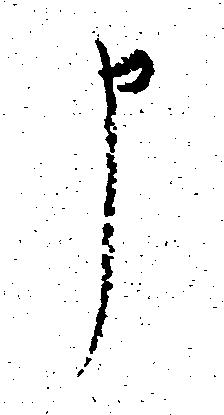
申